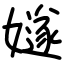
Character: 嬘